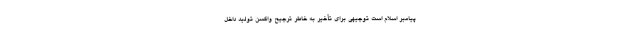
پیامبر اسلام است توجیهی برای تأخیر به خاطر ترجیح واکسن تولید داخل